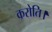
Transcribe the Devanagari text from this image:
करोति।